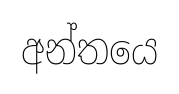
අන්තයෙ